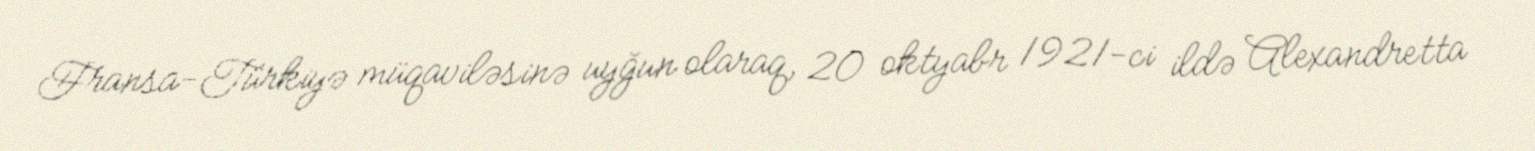
Fransa-Türkiyə müqaviləsinə uyğun olaraq, 20 oktyabr 1921-ci ildə Alexandretta